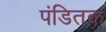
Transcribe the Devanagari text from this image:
पंडितक